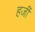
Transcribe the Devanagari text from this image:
हर्जी